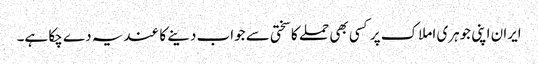
ایران اپنی جوہری املاک پر کسی بھی حملے کا سختی سے جواب دینے کا عندیہ دے چکا ہے۔